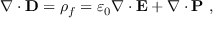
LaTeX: \nabla \cdot \mathbf { D } = \rho _ { f } = \varepsilon _ { 0 } \nabla \cdot \mathbf { E } + \nabla \cdot \mathbf { P } \ ,